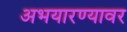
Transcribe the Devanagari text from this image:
अभयारण्यावर